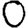
Digit: 0